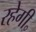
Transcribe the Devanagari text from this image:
रहेगी॰